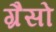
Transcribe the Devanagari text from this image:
ग्रैसो